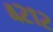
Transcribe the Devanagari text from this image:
४२१२